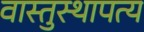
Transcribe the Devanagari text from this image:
वास्तुस्थापत्य